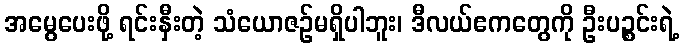
အမွေပေးဖို့ ရင်းနှီးတဲ့ သံယောဇဉ်မရှိပါဘူး၊ ဒီလယ်ဧကတွေကို ဦးပဉ္စင်းရဲ့